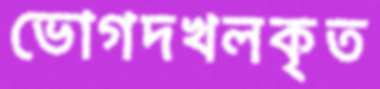
ভোগদখলকৃত